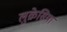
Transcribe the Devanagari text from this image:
लुक्रेसिया